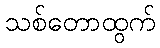
သစ်တောထွက်